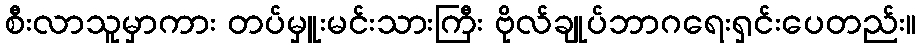
စီးလာသူမှာကား တပ်မှူးမင်းသားကြီး ဗိုလ်ချုပ်ဘာဂရေးရှင်းပေတည်း။